Report of the King Institute of Preventive Medicine, Guindy
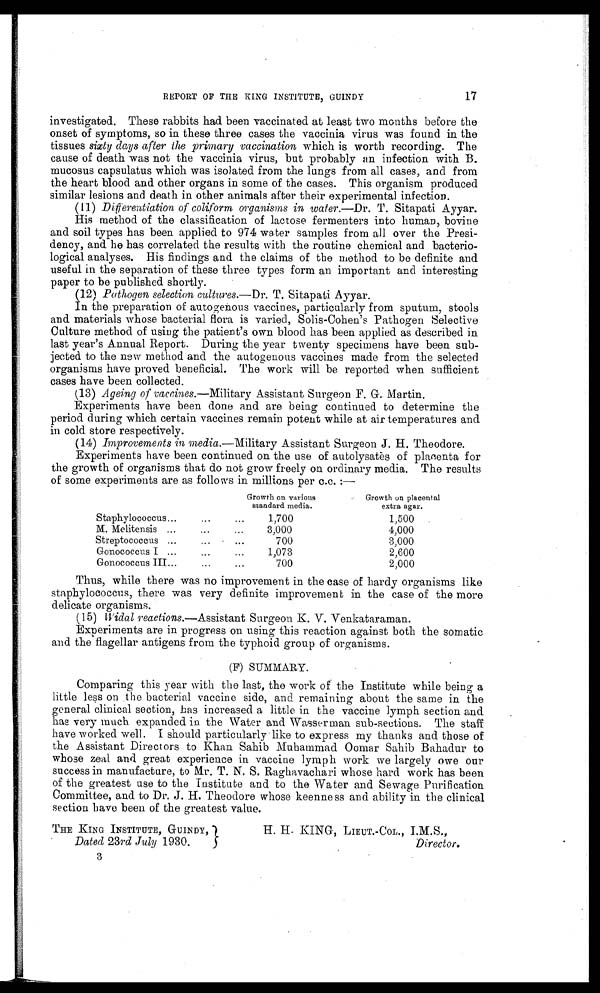
17
REPORT OF THE KING INSTITUTE, GUINDY
investigated. These rabbits had been vaccinated at least two months before the
onset of symptoms, so in these three cases the vaccinia virus was found in the
tissues sixty days after the primary vaccination which is worth recording. The
cause of death was not the vaccinia virus, but probably an infection with B.
mucosus capsulatus which was isolated from the lungs from all cases, and from
the heart blood and other organs in some of the cases. This organism produced
similar lesions and death in other animals after their experimental infection.
( 11) Differentiation of coliform organisms in water. —Dr . T. Sitapati Ayyar.
His method of the classification of lactose fermenters into human, bovine
and soil types has been applied to 974 water samples from all over the Pres
i-dency, and he has correlated the results with the routine chemical and bacterio
-logical analyses. His findings and the claims of the method to be definite and
useful in the separation of these three types form an important and interesting
paper to be published shortly.
( 1 2
) P a t h o g e n s e l e c t i o n c u l t u r e s .—
D r.
T . S i t a p a t i A y y a r .
In the preparation of autogenous vaccines, particularly from sputum, stools
and materials whose bacterial flora is varied, Solis-Cohen's Pathogen Selective
Culture method of using the patient's own blood has been applied as described in
last year's Annual Report. During the year twenty specimens have been sub
-jected to the new method and the autogenous vaccines made from the selected
organisms have proved beneficial. The work will be reported when sufficient
cases have been collected.
( 1 3 )A
g e i n g o f v a c c i n e s .—
M i l i t a r y A s s i s t a n t S u r g e o n F . G . M a r t i n .
Experiments have been done and are being continued to determine the
period during which certain vaccines remain potent while at air temperatures and
in cold store respectively.
( 1 4
) I m p r o v e m e n t s i n m e d i a .—
M i l i t a r y A s s i s t a n t S u r g e o n J . H . T h e o d o r e .
Experiments have been continued on the use of autolysatès of placenta for
the growth of organisms that do not grow freely on ordinary media. The results
of some experiments are as follows in millions per c.c. :—
Growth on various
standard media.
Growth on placental
extra agar.
Staphylococcus . . .
1,700
1,500
M. Melitensis . . .
3 , 0 0 0
4,000
Streptococcus . . .
700
3,000
Gonococcus I . . .
1,073
2,600
Gonococcus III . . .
7 0 0
2,000
Thus, while there was no improvement in the case of hardy organisms like
staphylococcus, there was very definite improvement in the case of the more
delicate organisms.
(15) Widal reactions. —Assistant Surgeon K. V. Venkataraman.
Experiments are in progress on using this reaction against both the somatic
and the flagellar antigens from the typhoid group of organisms.
(F) SUMMARY.
Comparing this year with the last, the work of the Institute while being a
little less on .the bacterial vaccine side, and remaining about the same in the
general clinical section, has increased a little in the vaccine lymph section and
has very much expanded in the Water and Wasserman sub-sections. The staff
have worked well. I should particularly like to express my thanks and those of
the Assistant Directors to Khan Sahib Muhammad Oomar Sahib Bahadur to
whose zeal and great experience in vaccine lymph work we largely owe our
success in manufacture, to Mr. T. N. S. Raghavachari whose hard work has been
of the greatest use to the Institute and to the Water and Sewage Purification.
Committee, and to Dr. J. H. Theodore whose keenness and ability in the clinical
section have been of the greatest value.
THE KING INSTITUTE, GUINDY,
Dated 23 rd July 1930.
3
H. H. KING, LIEUT.-COL., I.M.S.,
Director.